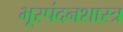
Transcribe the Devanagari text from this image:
भूस्पंदनशास्त्र